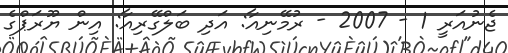
ޖެނުއަރީ 1 - 2007 - ރުމޭނިއާ: އަދި ބަލްގޭރިއާ: އިން ޔޫރަޕްގެ